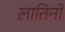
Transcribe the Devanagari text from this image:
लातिनों